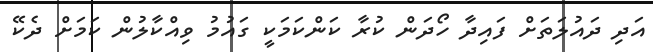
އަދި ދައުލަތަށް ފައިދާ ހޯދަން ކުރާ ކަންކަމަކީ ގައުމު ވިއްކާލުން ކަމަށް ދެކޭ